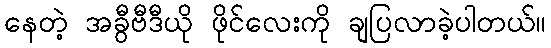
နေတဲ့ အခွီဗီဒီယို ဖိုင်လေးကို ချပြလာခဲ့ပါတယ်။